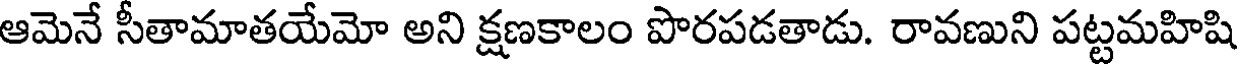
ఆమెనే సీతామాతయేమో అని క్షణకాలం పొరపడతాడు. రావణుని పట్టమహిషి